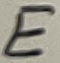
Text: E